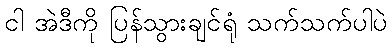
ငါ အဲဒီကို ပြန်သွားချင်ရုံ သက်သက်ပါပဲ